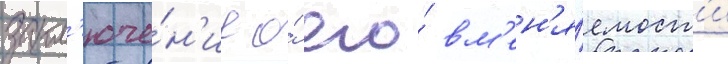
закл'юче́н'ие о́ его́ вм'ен'я́емост'и